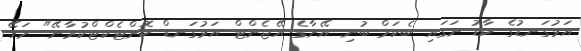
އަޅުގަނޑުގެ ކާޑު ނަގައި ބެކަމް ބުނި އޭނާގެ އޭޖެންޓް އަޅުގަނޑް ކޮންޓެކްޓްކުރާނޭ" މަހޭ